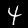
Label: 4